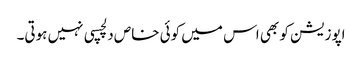
اپوزیشن کو بھی اس میں کوئی خاص دلچسپی نہیں ہوتی۔